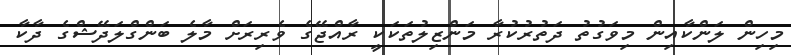
މިހިން ލަންކާއިން މިވަގުތު ދަތުރުކުރާ މަންޒިލުތަކަކީ ރާއްޖޭގެ ވެރިރަށް މާލެ ބަންގްލަދޭޝްގެ ދާކާ